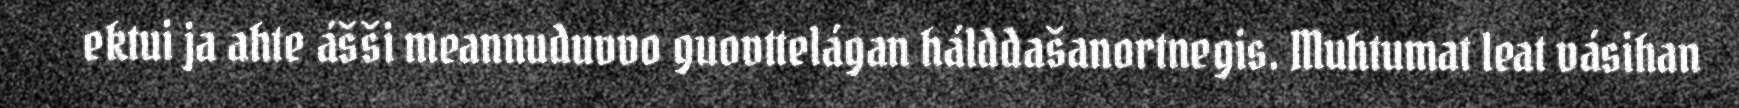
ektui ja ahte ášši meannuduvvo guovttelágan hálddašanortnegis. Muhtumat leat vásihan